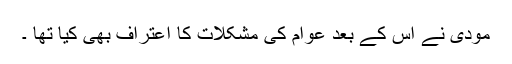
مودی نے اس کے بعد عوام کی مشکلات کا اعتراف بھی کیا تھا ۔